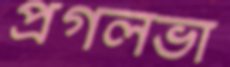
প্রগলভা